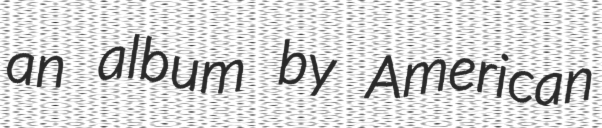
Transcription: an album by American